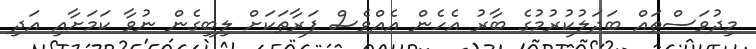
މިދުވަސްތައް ބަދަލުކުރުމުގެ ބާރު އެހެން އެއްވެސް ފަރާތަކަށް ލިބިގެން ނުވާ ކަމަށާއި އަދި